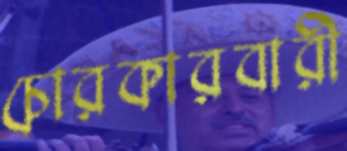
চোরকারবারী